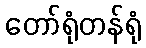
တော်ရုံတန်ရုံ